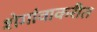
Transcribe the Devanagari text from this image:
शेगांवाकरीत